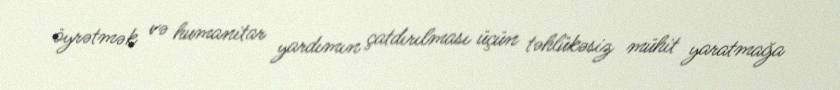
öyrətmək və humanitar yardımın çatdırılması üçün təhlükəsiz mühit yaratmağa